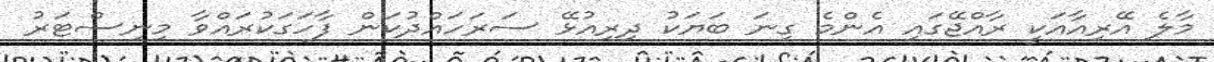
މާލެ އޭރިއާއަކީ ރާއްޖޭގައި އެންމެ ގިނަ ބަޔަކު ދިރިއުޅޭ ސަރަހައްދުކަން ފާހަގަކުރައްވާ މިނިސްޓަރު